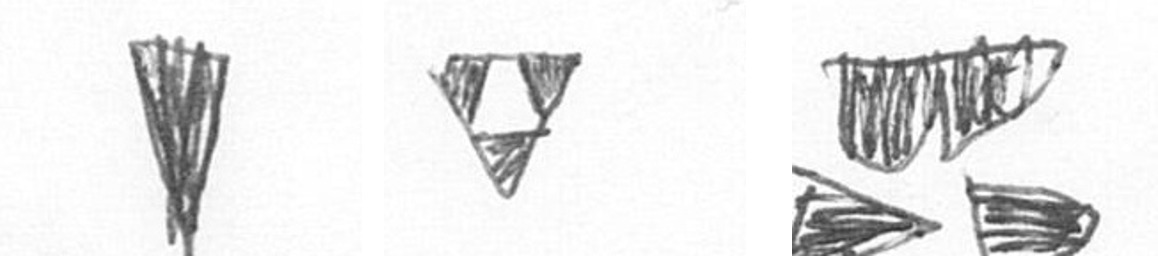
J S B